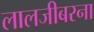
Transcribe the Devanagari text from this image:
लालजीबरना